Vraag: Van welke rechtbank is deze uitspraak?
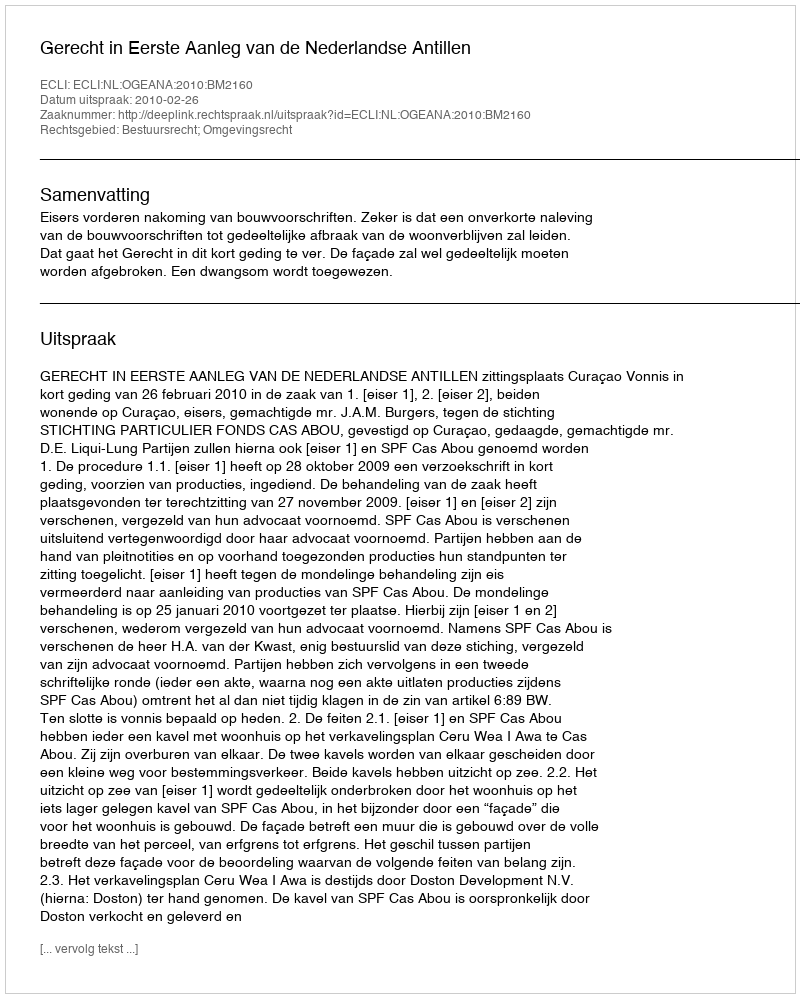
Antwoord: Gerecht in Eerste Aanleg van de Nederlandse Antillen